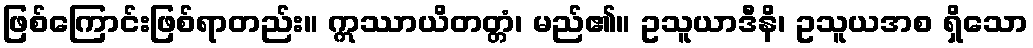
ဖြစ်ကြောင်းဖြစ်ရာတည်း။ ဣဿာယိတတ္တံ၊ မည်၏။ ဥသူယာဒီနိ၊ ဥသူယအစ ရှိသော